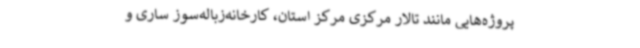
پروژه‌هایی مانند تالار مرکزی مرکز استان، کارخانه‌زباله‌سوز ساری و